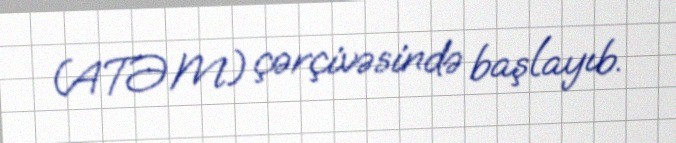
(ATƏM) çərçivəsində başlayıb.